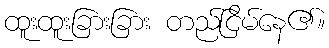
ထူးထူးခြားခြား တည်ငြိမ်နေ၏။